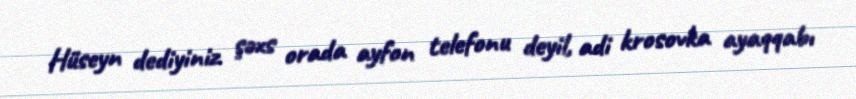
Hüseyn dediyiniz şəxs orada ayfon telefonu deyil, adi krosovka ayaqqabı